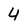
Character: 4